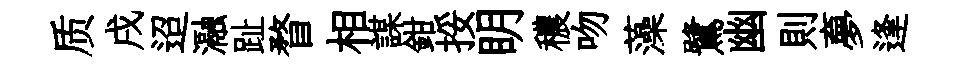
质戌迢瀜趾瞀相謀鉗挼眀穠吻藻鷺幽則夣逢